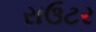
રાઉટર